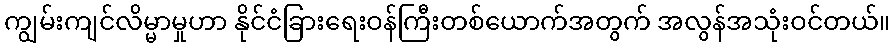
ကျွမ်းကျင်လိမ္မာမှုဟာ နိုင်ငံခြားရေးဝန်ကြီးတစ်ယောက်အတွက် အလွန်အသုံးဝင်တယ်။